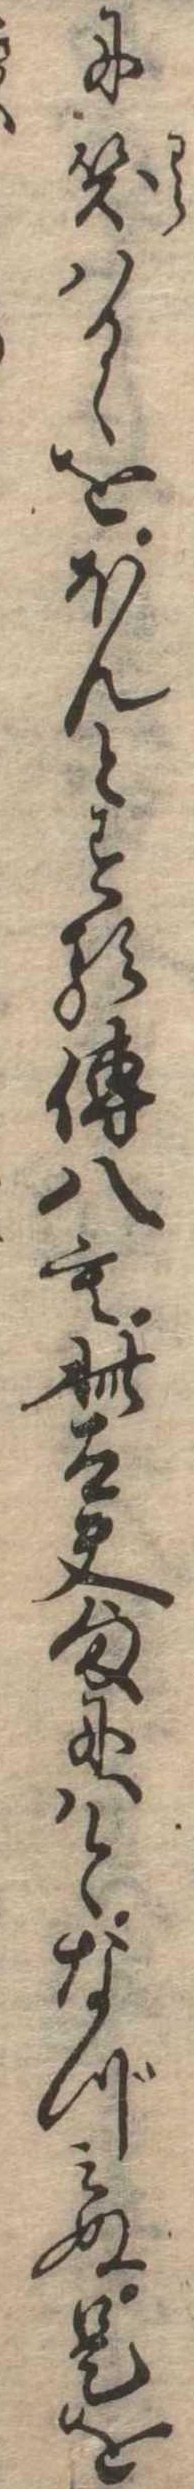
に笑はるゝをほんとする伝八も此太夫様にはとなづみぬ是を